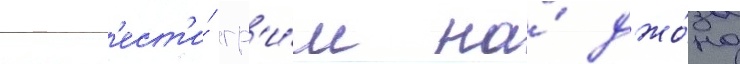
нан'ест'и́ гр'и́м на́ джо́на